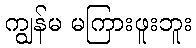
ကျွန်မ မကြားဖူးဘူး